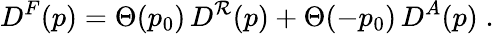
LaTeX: D^{F}(p)=\Theta(p_{0})\, D^{\mathcal{R}}(p)+\Theta(-p_{0})\, D^{A}(p)\; .